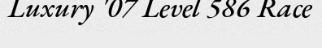
Luxury '07 Level 586 Race